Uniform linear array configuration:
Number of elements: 16
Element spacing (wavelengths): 1
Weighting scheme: cosine
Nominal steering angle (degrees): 60
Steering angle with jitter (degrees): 60.109
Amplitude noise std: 0.05
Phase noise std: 0.05

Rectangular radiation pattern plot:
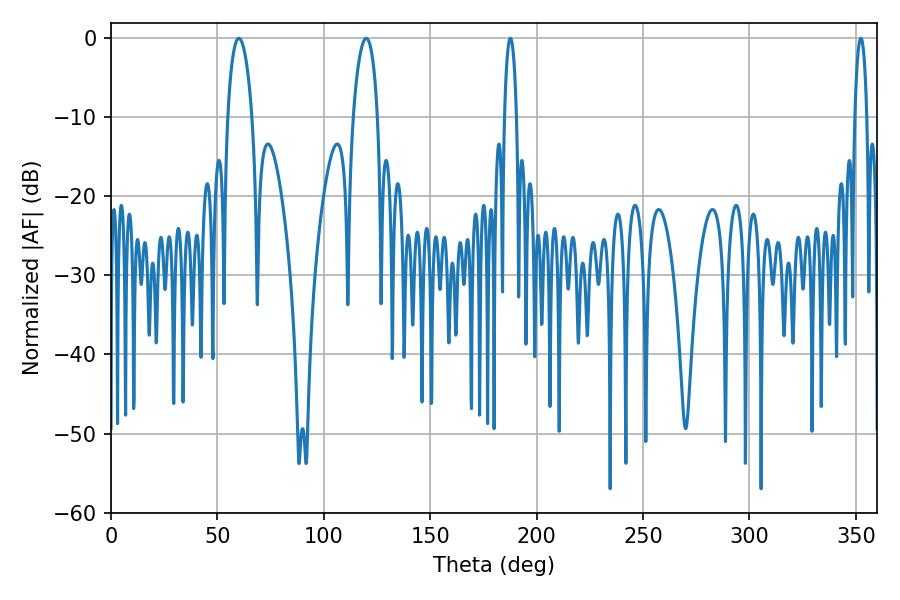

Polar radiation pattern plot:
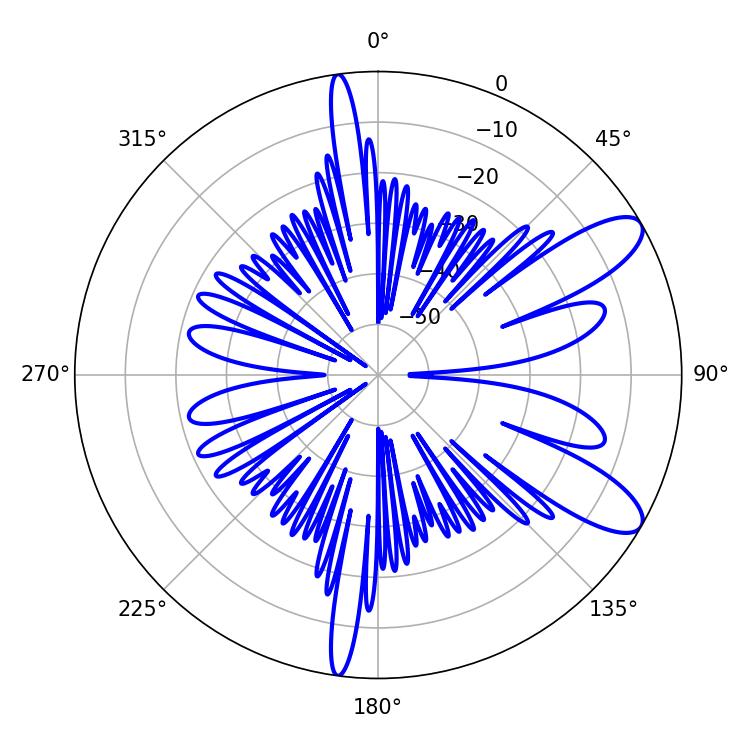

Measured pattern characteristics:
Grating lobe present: TRUE
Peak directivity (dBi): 9.967
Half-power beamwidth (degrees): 6.48
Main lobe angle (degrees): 60.12